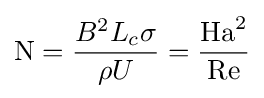
\mathrm {N} ={\frac {B^{2}L_{c}\sigma }{\rho U}}={\frac {\mathrm {Ha} ^{2}}{\mathrm {Re} }}